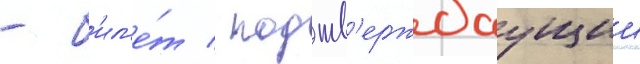
- б'ил'е́т / подтв'ерждаущии